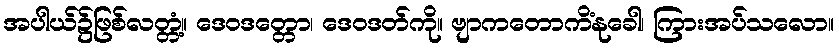
အပါယ်၌ဖြစ်လတ္တံ့။ ဒေဝဒတ္တော၊ ဒေဝဒတ်ကို။ ဗျာကတောကိံနုခေါ၊ ကြားအပ်သလော။